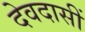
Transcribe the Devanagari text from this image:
देवदासीं